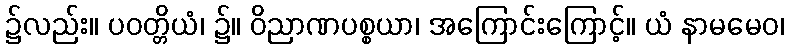
၌လည်း။ ပဝတ္တိယံ၊ ၌။ ဝိညာဏပစ္စယာ၊ အကြောင်းကြောင့်။ ယံ နာမမေဝ၊